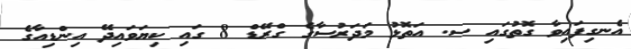
އެނގިފައިވާ ގޮތުގައި ސ. އަތޮޅު މަދަރުސާގެ ގްރޭޑް 8 ގައި ކިޔަވައިދޭ އިންޑިއާގެ